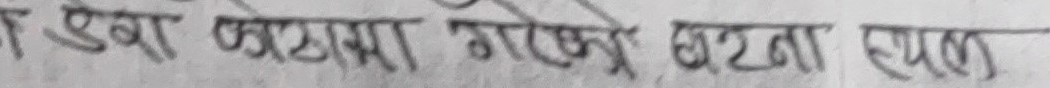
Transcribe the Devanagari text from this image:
देश कोटामा कार्जे छूटा स्थल